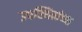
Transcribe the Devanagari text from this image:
उपस्थितांच्या